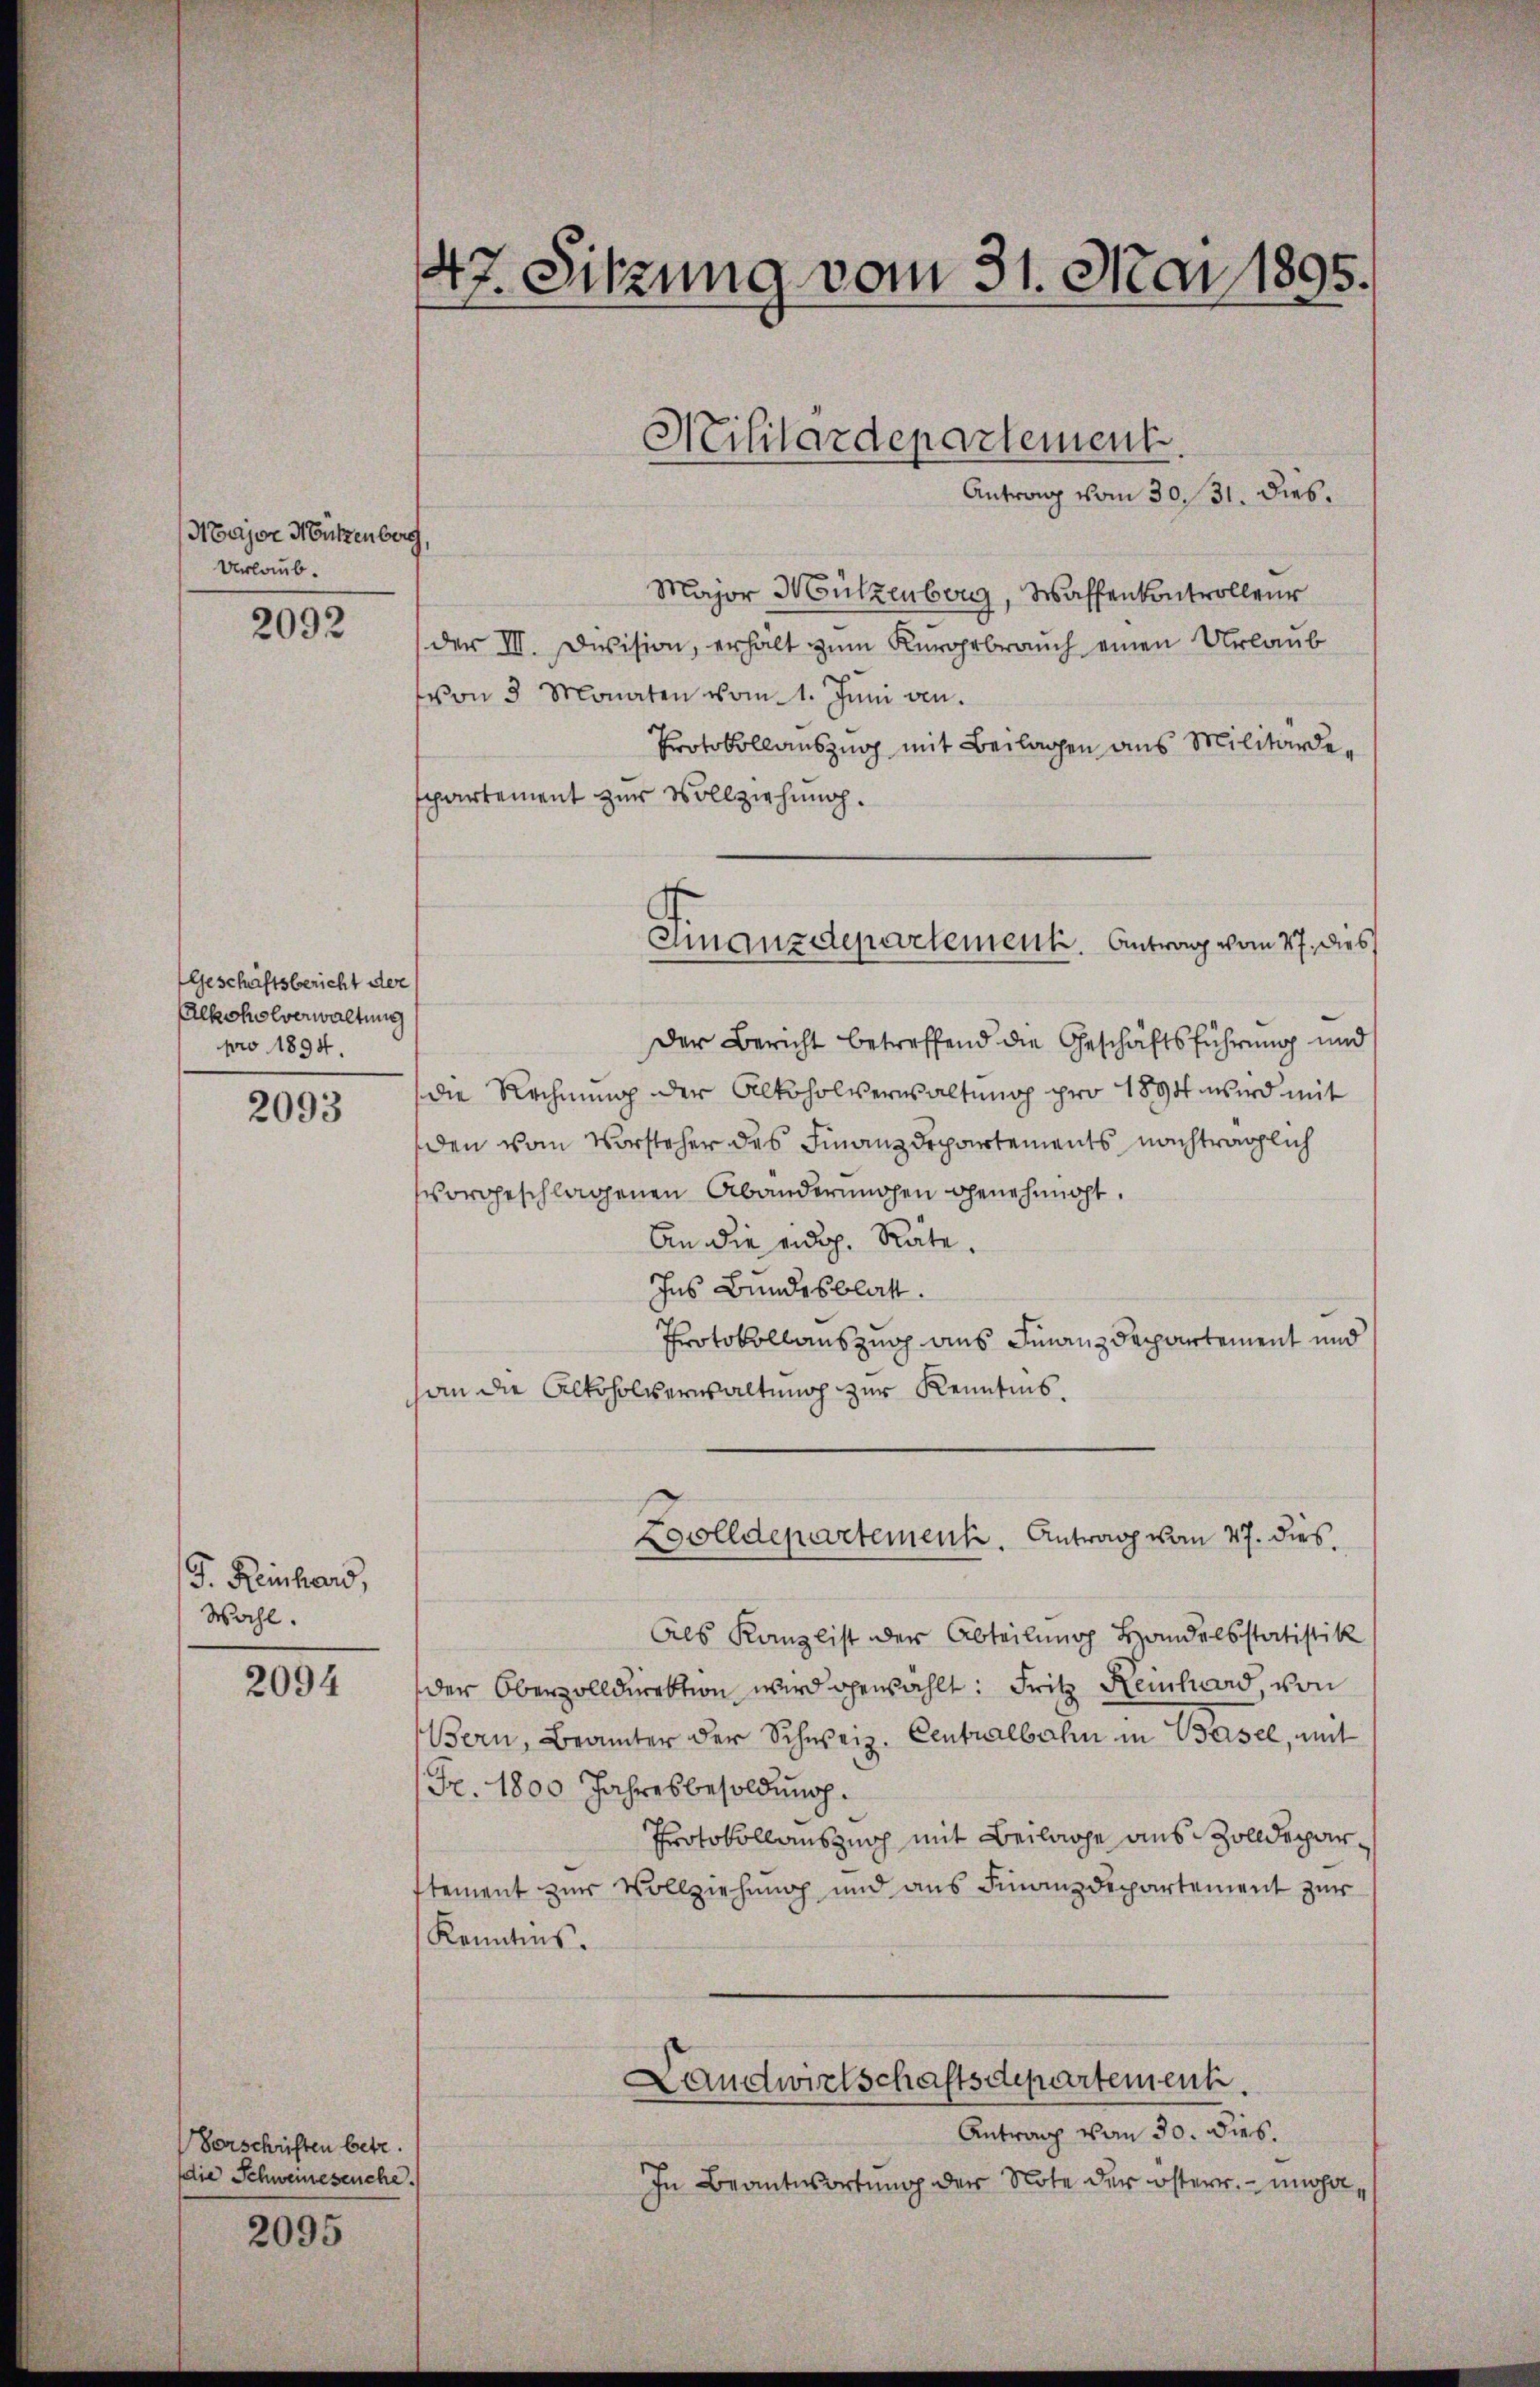
Major Nutzenberg,
Urlaub.

2092

Geschäftsbericht der
Alkoholverwaltung
pro 1894

2093

J. Reinhard,
Wahl.

2094

Vorschriften betr.
die Schweineseuche.

2095

47. Sitzung vom 31. Mai 1895.

Major Mützenberg, Waffenkontrolleur
der III. Devision, erhält zum Kurorbrauch einen Urlaub
von 3 Monaten vom 1. Juni von
Protokollauszug mit Beilagen aus Militärdespartement zur Vollziehung.
Der Bericht betreffend die Geschäftsführung und
die Rechnung der Alkoholverwaltung pro 1894 wird mit
den vom Vorsteher des Finanzdepartements nachträglich
vorgeschlagenen Abänderungen genehmigt.
An die eidg. Räte.
Ins Bundesblatt.
Protokollauszug aus Finanzdepartement und
han die Alkoholverwaltung zur Kenntnis.
Wolldepartement. Antrag vom 27. dies
Als Kanzlist der Abteilung Handelsstatistik
der Oberzolldirektion wird gewählt: Fritz Reichard, von
Bern, Brämter der Schweiz. Centralbahn in Basel, mit
Fr. 1800 Jahresbesoldung.
Protokollauszusch mit Beilage aus Zolldeparstement zur Vollziehung und aus Finanzdepartement zur
Kenntnis.
Landwirtschaftsdepartement.
Antrag vom 30. dies.
In Beantwortung der Note der österr. - und ha¬

Militärdepartement
Antrag vom 30. 31. Dieb¬

Finanzdepartement. Antrag vom 27. dies